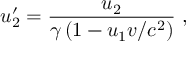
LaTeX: u _ { 2 } ^ { \prime } = { \frac { u _ { 2 } } { \gamma \left( 1 - u _ { 1 } v / c ^ { 2 } \right) } } \ ,